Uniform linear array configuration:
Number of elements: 24
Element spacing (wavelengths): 0.75
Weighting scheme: kaiser
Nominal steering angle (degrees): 45
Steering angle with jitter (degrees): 45.431
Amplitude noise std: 0.05
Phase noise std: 0.05

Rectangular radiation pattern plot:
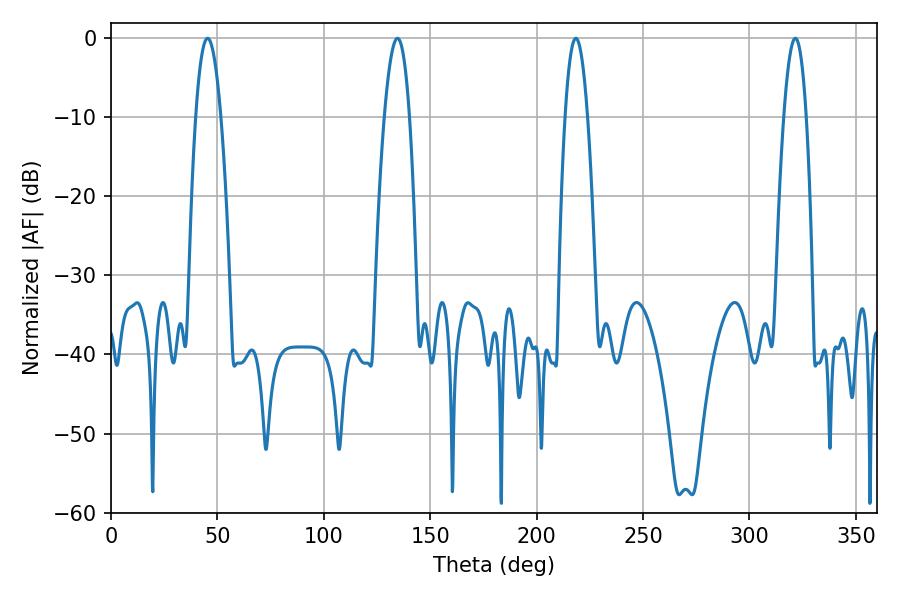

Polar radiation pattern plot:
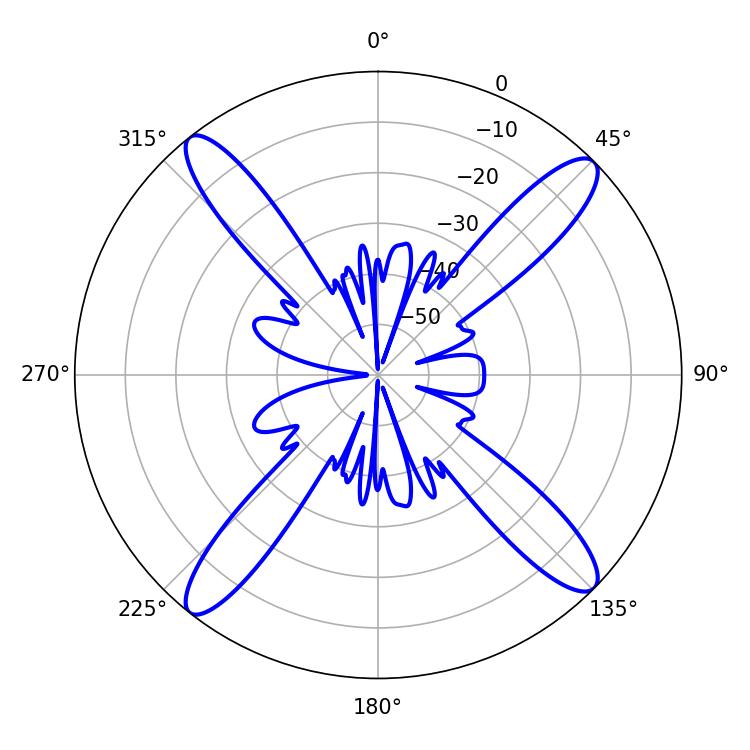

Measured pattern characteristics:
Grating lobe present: TRUE
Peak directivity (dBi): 17.192
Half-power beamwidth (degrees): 6.48
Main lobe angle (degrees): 45.36